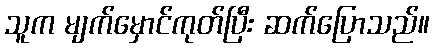
သူက မျက်မှောင်ကုတ်ပြီး ဆက်ပြောသည်။